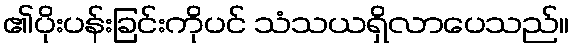
၏ပိုးပန်းခြင်းကိုပင် သံသယရှိလာပေသည်။